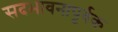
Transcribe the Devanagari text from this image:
सदभावनापूर्वक